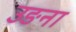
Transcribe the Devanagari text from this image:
उङना